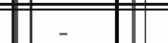
-